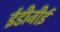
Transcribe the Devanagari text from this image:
ईडीजीई